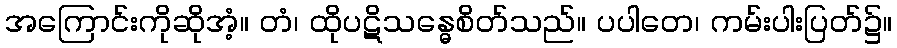
အကြောင်းကိုဆိုအံ့။ တံ၊ ထိုပဋိသန္ဓေစိတ်သည်။ ပပါတေ၊ ကမ်းပါးပြတ်၌။